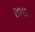
રભા